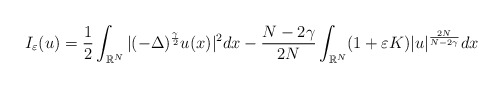
\begin{align*}I_\varepsilon (u) = \frac{1}{2}\displaystyle\int_{\mathbb{R}^N}|(-\Delta)^{\frac{\gamma}{2}} u(x)|^2dx - \frac{N - 2\gamma}{2N}\displaystyle\int_{\mathbb{R}^N}(1 + \varepsilon K)|u|^{\frac{2N}{N - 2\gamma}}dx\end{align*}